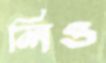
লিও